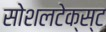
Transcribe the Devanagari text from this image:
सोशलटेक्स्ट